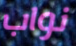
نواب